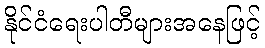
နိုင်ငံရေးပါတီများအနေဖြင့်